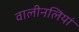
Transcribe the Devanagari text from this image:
वालीनलियां